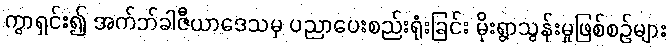
ကွာရှင်း၍ အက်ဘ်ခါဇီယာဒေသမှ ပညာပေးစည်းရုံးခြင်း မိုးရွာသွန်းမှုဖြစ်စဉ်များ